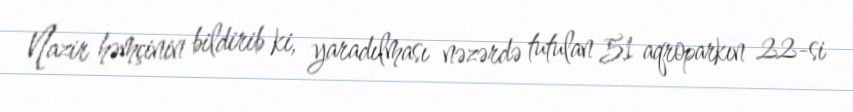
Nazir həmçinin bildirib ki, yaradılması nəzərdə tutulan 51 aqroparkın 22-si